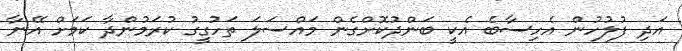
އަދި ފުލުހުން އެހިސާބެ އެކީ ބަންދުކޮށްގެން މައްސަލަ ތަހުގީގު ކުރަމުންދާ ކަމަށް އޭނާ